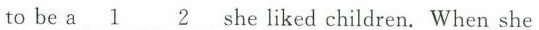
to be a \underline{1} \underline{2} she liked children. When she